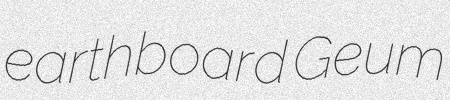
earthboard Geum